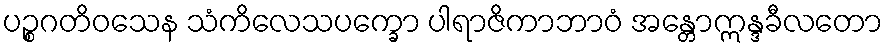
ပဉ္စဂတိဝသေန သံကိလေသပက္ခော ပါရာဇိကာဘာဝံ အန္တောဣန္ဒခီလတော